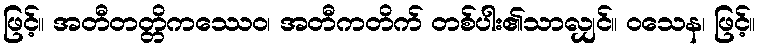
ဖြင့်။ အတီတတ္တိကဿေဝ၊ အတီကတိက် တစ်ပါး၏သာလျှင်။ ဝသေန၊ ဖြင့်။